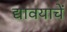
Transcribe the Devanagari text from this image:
द्यावयाचें